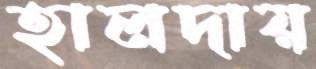
হালদায়